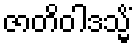
ဇာတိဝါဒသ္မိံ